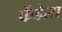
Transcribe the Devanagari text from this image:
केंडेला